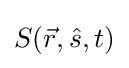
S({\vec {r}},{\hat {s}},t)